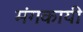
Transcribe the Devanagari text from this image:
मंगकायी